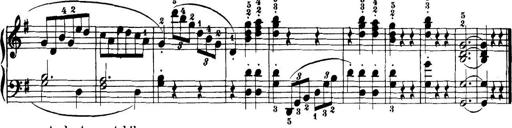
Title: 32 Sonatinas and Rondos for the Piano
Composer: Richard Kleinmichel